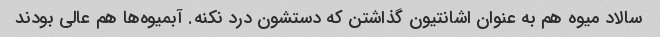
سالاد میوه هم به عنوان اشانتیون گذاشتن که دستشون درد نکنه. آبمیوه‌ها هم عالی بودند